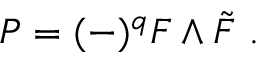
{ \cal P } = ( - ) ^ { q } F \wedge \tilde { F } ~ .